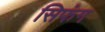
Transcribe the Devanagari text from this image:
सिफंग